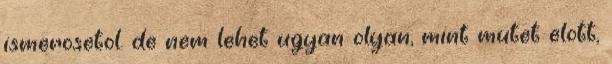
ismerosetol. de nem lehet ugyan olyan, mint mutet elott,